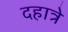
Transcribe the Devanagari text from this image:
दहात्रे